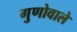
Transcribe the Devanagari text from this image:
गुणोवाले